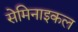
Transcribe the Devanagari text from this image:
सेमिनाइकल